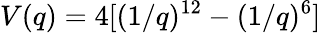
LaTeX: V(q)=4[(1/q)^{12}-(1/q)^{6}]